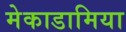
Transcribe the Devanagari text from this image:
मेकाडामिया